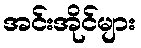
အင်းအိုင်များ